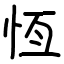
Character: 恆